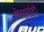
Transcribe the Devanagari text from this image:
जेसुसुईटों